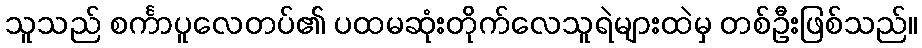
သူသည် စင်္ကာပူလေတပ်၏ ပထမဆုံးတိုက်လေသူရဲများထဲမှ တစ်ဦးဖြစ်သည်။